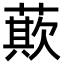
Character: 𮑁